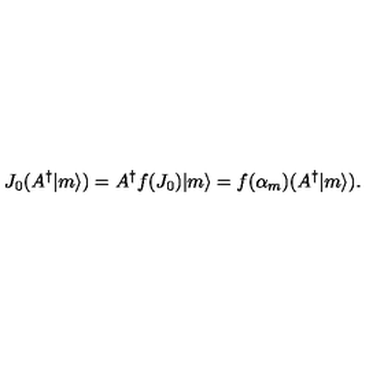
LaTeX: J _ { 0 } ( A ^ { \dagger } | m \rangle ) = A ^ { \dagger } f ( J _ { 0 } ) | m \rangle = f ( \alpha _ { m } ) ( A ^ { \dagger } | m \rangle ) .